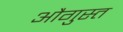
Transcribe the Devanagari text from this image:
औगुस्त